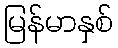
မြန်မာနှစ်